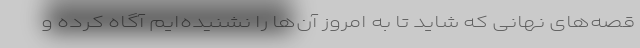
قصه‌‌های نهانی که شاید تا به امروز آن‌ها را نشنیده‌ایم آگاه کرده و